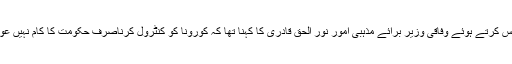
اسلام آباد میں پریس کانفرنس کرتے ہوئے وفاقی وزیر برائے مذہبی امور نور الحق قادری کا کہنا تھا کہ کورونا کو کنٹرول کرناصرف حکومت کا کام نہیں عوام کی بھی ذمے داری ہے۔